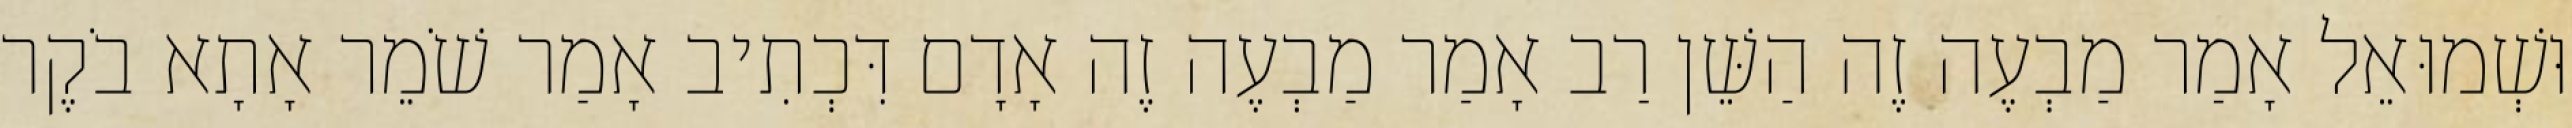
וּשְׁמוּאֵל אָמַר מַבְעֶה זֶה הַשֵּׁן רַב אָמַר מַבְעֶה זֶה אָדָם דִּכְתִיב אָמַר שֹׁמֵר אָתָא בֹקֶר